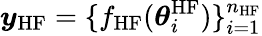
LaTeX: \boldsymbol{y}_{\mathrm{HF}}=\{ f_{\mathrm{HF}}(\boldsymbol{\theta}_{i}^{\mathrm{HF}})\} _{i=1}^{n_{\mathrm{HF}}}